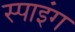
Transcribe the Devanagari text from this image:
स्पाइंग